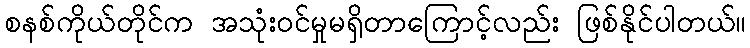
စနစ်ကိုယ်တိုင်က အသုံးဝင်မှုမရှိတာကြောင့်လည်း ဖြစ်နိုင်ပါတယ်။